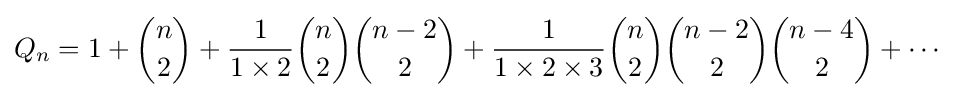
Q_{n}=1+{\binom {n}{2}}+{\frac {1}{1\times 2}}{\binom {n}{2}}{\binom {n-2}{2}}+{\frac {1}{1\times 2\times 3}}{\binom {n}{2}}{\binom {n-2}{2}}{\binom {n-4}{2}}+\cdots